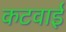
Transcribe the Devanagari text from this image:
कटवाई